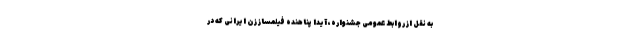
به نقل از روابط عمومی جشنواره، آیدا پناهنده فیلمساز زن ایرانی که در